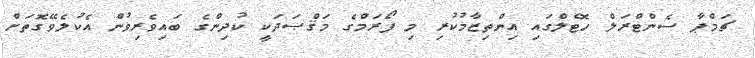
ޗަމްޕާ ސެންޓްރަލް ހޮޓެލްގައި އިންތިޒާމުކުރި މި ފޯރަމްގެ މަޤްޞަދަކީ ކުދިންގެ ބައިވެރިވުން އެކުލެވޭގޮތަށް